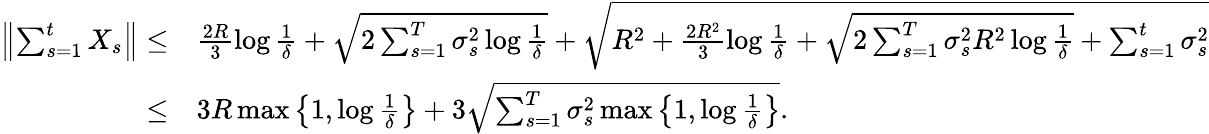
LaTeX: \begin{array}{rl}{\left\Vert\sum_{s=1}^{t}X_{s}\right\Vert\leq}&{\frac{2R}{3}\log\frac{1}{\delta}+\sqrt{2\sum_{s=1}^{T}\sigma_{s}^{2}\log\frac{1}{\delta}}+\sqrt{R^{2}+\frac{2R^{2}}{3}\log\frac{1}{\delta}+\sqrt{2\sum_{s=1}^{T}\sigma_{s}^{2}R^{2}\log\frac{1}{\delta}}+\sum_{s=1}^{t}\sigma_{s}^{2}}}\\ {\leq}&{3R\operatorname*{max}\left\{ 1,\log\frac{1}{\delta}\right\} +3\sqrt{\sum_{s=1}^{T}\sigma_{s}^{2}\operatorname*{max}\left\{ 1,\log\frac{1}{\delta}\right\} }.}\end{array}